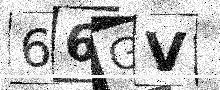
Text: 66GV